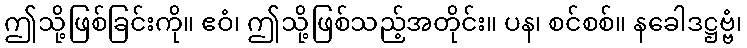
ဤသို့ဖြစ်ခြင်းကို။ ဧဝံ၊ ဤသို့ဖြစ်သည့်အတိုင်း။ ပန၊ စင်စစ်။ နခေါဒဋ္ဌဗ္ဗံ၊